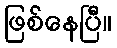
ဖြစ်နေပြီ။